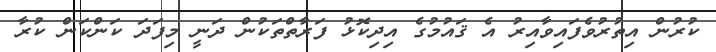
ކުރުން އިތުރުވެފައިވާއިރު އެ ޤައުމުގެ އިދިކޮޅު ފަރާތްތަކުން ދަނީ މިފަދަ ކަންކަން ކުރާ